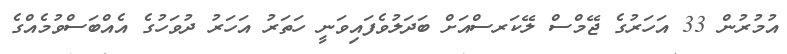
އުމުރުން 33 އަހަރުގެ ޖޭމްސް ލޭކަރސްއަށް ބަދަލުވެފައިވަނީ ހަތަރު އަހަރު ދުވަހުގެ އެއްބަސްވުމެއްގެ